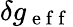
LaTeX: \delta g_{\mathrm{~e~f~f~}}